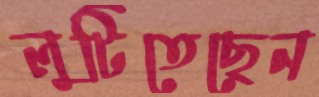
লুটিতেছেন